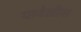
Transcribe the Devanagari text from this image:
यावेळीस